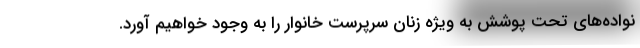
نواده‌های تحت پوشش به ویژه زنان سرپرست خانوار را به وجود خواهیم آورد.